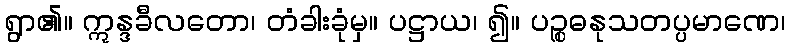
ရွာ၏။ ဣန္ဒခီလတော၊ တံခါးခုံမှ။ ပဋ္ဌာယ၊ ၍။ ပဉ္စဓနုသတပ္ပမာဏေ၊